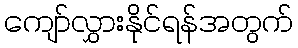
ကျော်လွှားနိုင်ရန်အတွက်